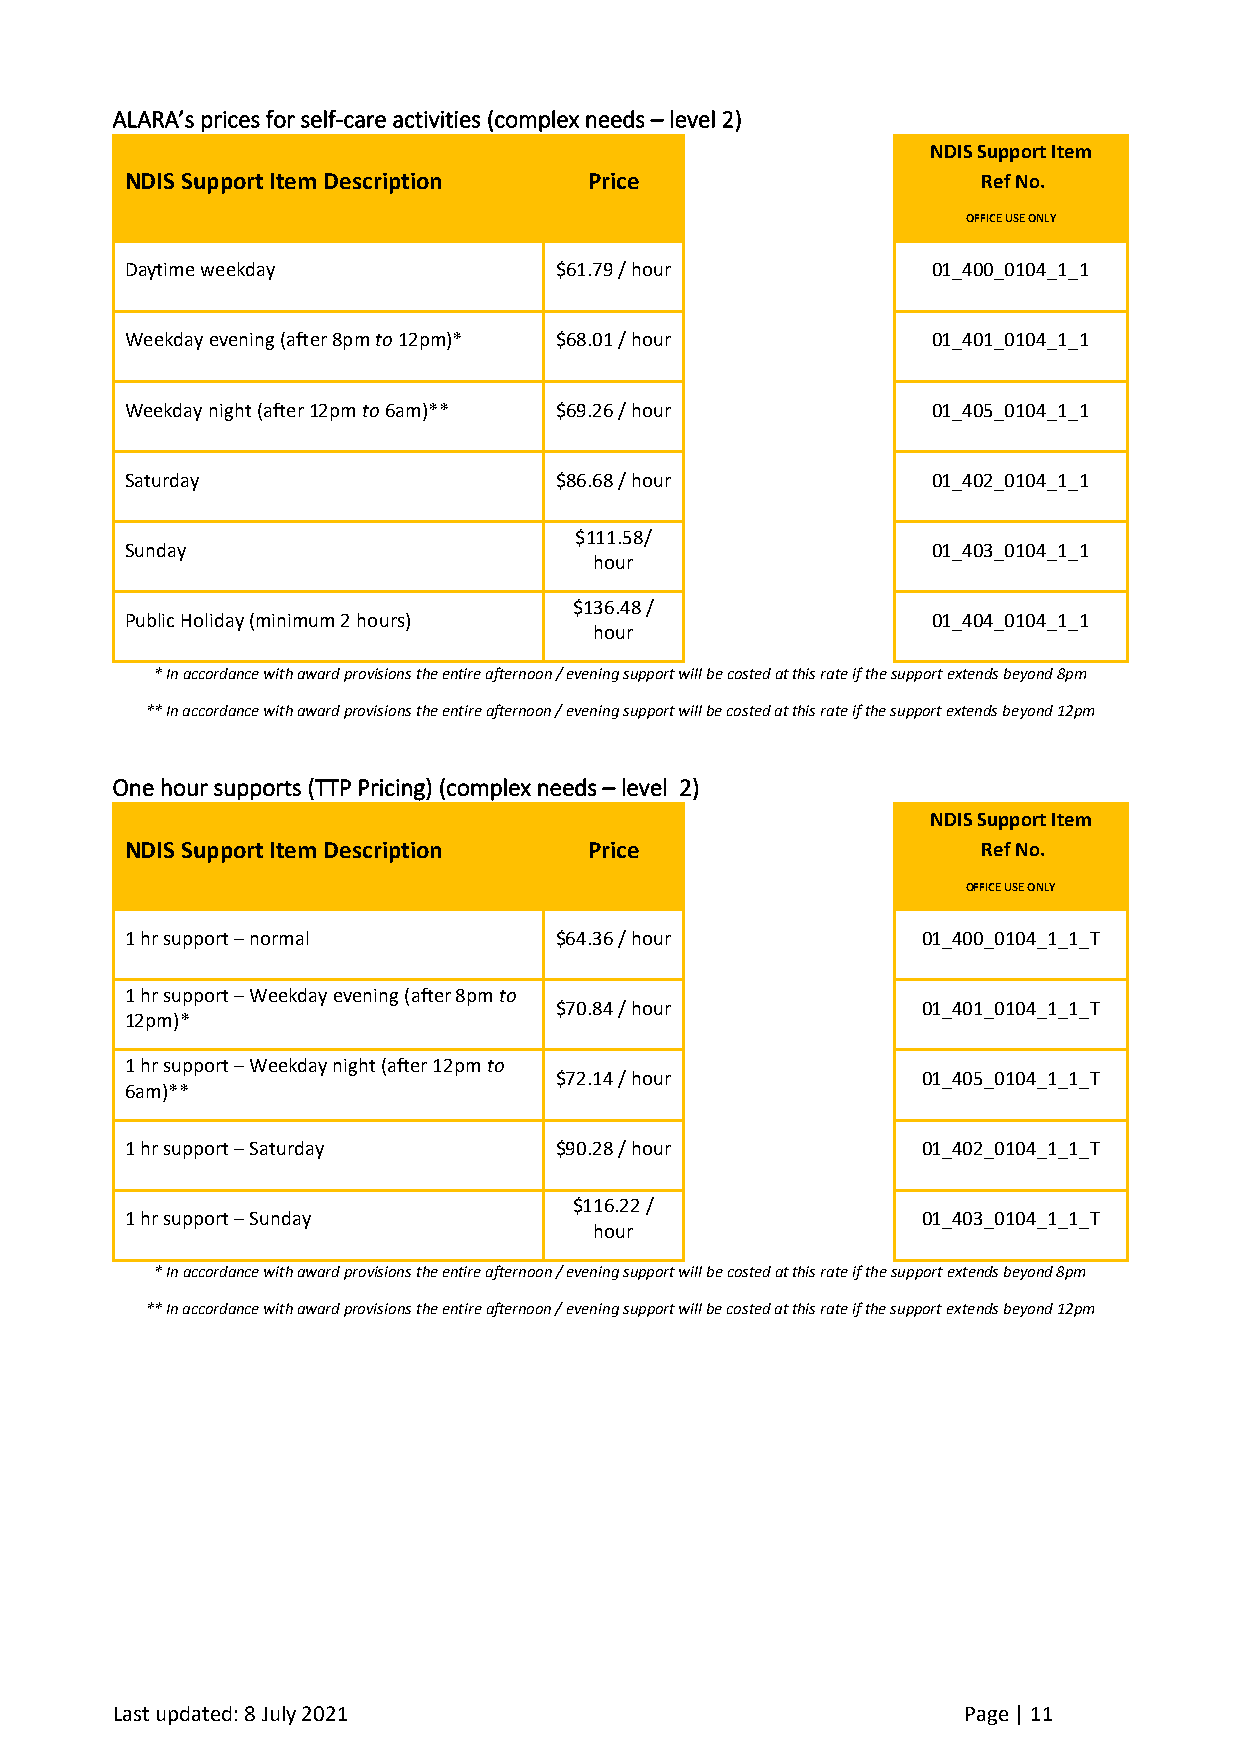
ALARA’s prices for self-care activities (complex needs – level 2)
 NDIS Support Item
 NDIS Support Item Description  Price                     Ref No.
 OFFICE USE ONLY
 Daytime weekday              $61.79 / hour            01_400_0104_1_1
 Weekday evening (after 8pm to 12pm)* $68.01 / hour    01_401_0104_1_1
 Weekday night (after 12pm to 6am)** $69.26 / hour     01_405_0104_1_1
 Saturday                     $86.68 / hour            01_402_0104_1_1
 $111.58/
 Sunday                                                01_403_0104_1_1
 hour
 $136.48 /
 Public Holiday (minimum 2 hours)                      01_404_0104_1_1
 hour
 * In accordance with award provisions the entire afternoon / evening support will be costed at this rate if the support extends beyond 8pm
 ** In accordance with award provisions the entire afternoon / evening support will be costed at this rate if the support extends beyond 12pm
 One hour supports (TTP Pricing) (complex needs – level 2)
 NDIS Support Item
 NDIS Support Item Description  Price                     Ref No.
 OFFICE USE ONLY
 1 hr support – normal        $64.36 / hour           01_400_0104_1_1_T
 1 hr support – Weekday evening (after 8pm to
 $70.84 / hour           01_401_0104_1_1_T
 12pm)*
 1 hr support – Weekday night (after 12pm to
 $72.14 / hour           01_405_0104_1_1_T
 6am)**
 1 hr support – Saturday      $90.28 / hour           01_402_0104_1_1_T
 $116.22 /
 1 hr support – Sunday                                01_403_0104_1_1_T
 hour
 * In accordance with award provisions the entire afternoon / evening support will be costed at this rate if the support extends beyond 8pm
 ** In accordance with award provisions the entire afternoon / evening support will be costed at this rate if the support extends beyond 12pm
 Last updated: 8 July 2021                                Page | 11